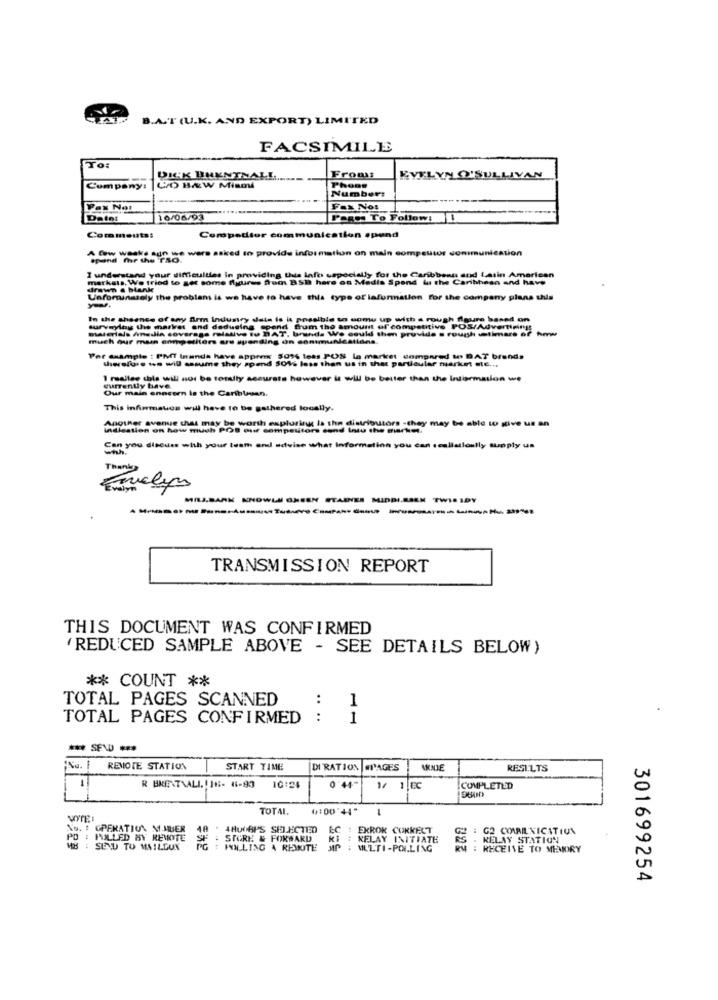
B.A.T (U.K. AND EXPORT) LIMITED
FACSIMILE
To:
DICK BUENTNALL
Fromis
EVELYN O'SULLIVAN
Company:
WO HAW MiSOM
Phone
Number:
Pax Not
Fax Nos
10/06/93
Pages To Follow: I
Comments:
Competitor communication spend
A few weeks aun we were asked to provide information on main compeutor communication
spend mhr the Tão.
I understand your difficulties in providing this Info especially for the Caribbean and Latin American
markals. We tried to set some figures from BSD here on Medis Spend lu the Caribbean and have
drawn . blanke
Unfominssely the problems is we have to have this type of laformation for the company plans this
In the shaance of any firm industry data is it possible to comu up with a rough figure based on
surveylag the market and dadusing epend from the amount of competitive POS/Advertimings
materials Anadia coverage relative to DAT, brands We could then provide s rough timars of how
much our main competitors are spending on conmunications.
Por wxample : PMT Wnanda have approx 5036 less POS la market compared to BAT brands
therefore won will samme they spend 501% less than us in that particular market me ...
1 rodiles this will not be toruly accurate however it will be better than the Information we
currently have
Our main enncern is the Carihlassan.
This infirmauus will have to be gathered locally.
Another avenue chat may be worth exploring; Is the distributors -they may be able to give us an
indiestion on how much POS our competitors sund Intu the market.
Can you discuss with your team and advise what information you can realistically supply un
whh.
Thanks
MILJ.BARK KNOWLI GNEEN STAINES MIDDI.SIEK TWIS IDY
TRANSMISSION REPORT
THIS DOCUMENT WAS CONFIRMED
'REDUCED SAMPLE ABOVE - SEE DETAILS BELOW)
** COUNT **
TOTAL PAGES SCANNED
1
TOTAL PAGES CONFIRMED
....
1
"No. 1
REMOTE STATION
START TIME
DI RATION #PAGES
RESULTS
R BRENTAALL. [16- 4-93
1/ 1 EC
COMPLETED
TOTAL
(:00"+1"
No. : OPERATION MAUER
4HubBP'S SELECTED
EC : EXROK CORRECT
G2 COARENICATION
PO : PULLED BY REMONTE
STORE & FORWARD
KI : RELAY INITIATE
. RELAY STATION
MB : SEND TO MAILGUN
HOLLING & RESITE
MULTI-POI.LING
RECEIVE TO MEMORY
301699254